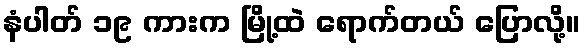
နံပါတ် ၁၉ ကားက မြို့ထဲ ရောက်တယ် ပြောလို့။